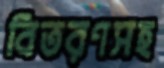
বিতরণসহ